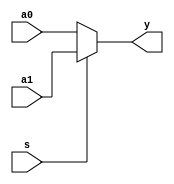
`timescale 1ns / 1ps

module mux2x32(
    input [31:0] a0,
    input [31:0] a1,
    input s,
    output [31:0] y
);
    assign y = s ? a1 : a0;
endmodule